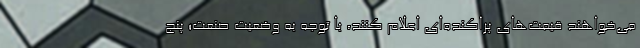
می‌خواهند قیمت‌های پراکنده‌ای اعلام کنند، با توجه به وضعیت صنعت؛ پنج